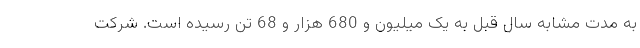
به مدت مشابه سال قبل به یک میلیون و 680 هزار و 68 تن رسیده است. شرکت